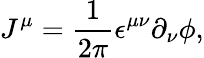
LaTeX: J^{\mu}=\frac{1}{2\pi}\epsilon^{\mu\nu}\partial_{\nu}\phi,